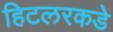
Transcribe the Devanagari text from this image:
हिटलरकडे